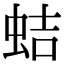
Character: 蛣